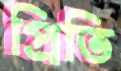
প্রিতি